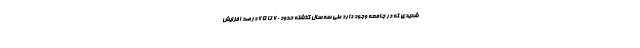
شدیدی که در جامعه وجود دارد طی سه سال گذشته حدود ۶۰ تا ۶۵ درصد افزایش